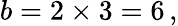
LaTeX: b=2\times 3=6\, ,